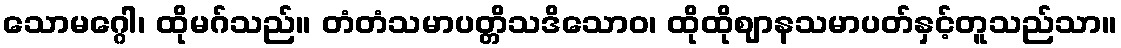
သောမဂ္ဂေါ၊ ထိုမဂ်သည်။ တံတံသမာပတ္တိသဒိသောဝ၊ ထိုထိုဈာနသမာပတ်နှင့်တူသည်သာ။